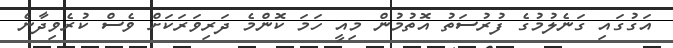
އަގުގައި ގަނެލުމުގެ ފުރުސަތު އޮތުމުން މިއީ ހަމަ ކޮންމެ ދަރިވަރަކަށް ވެސް ކުރެވިދާނެ